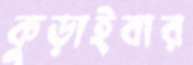
কুড়াইবার